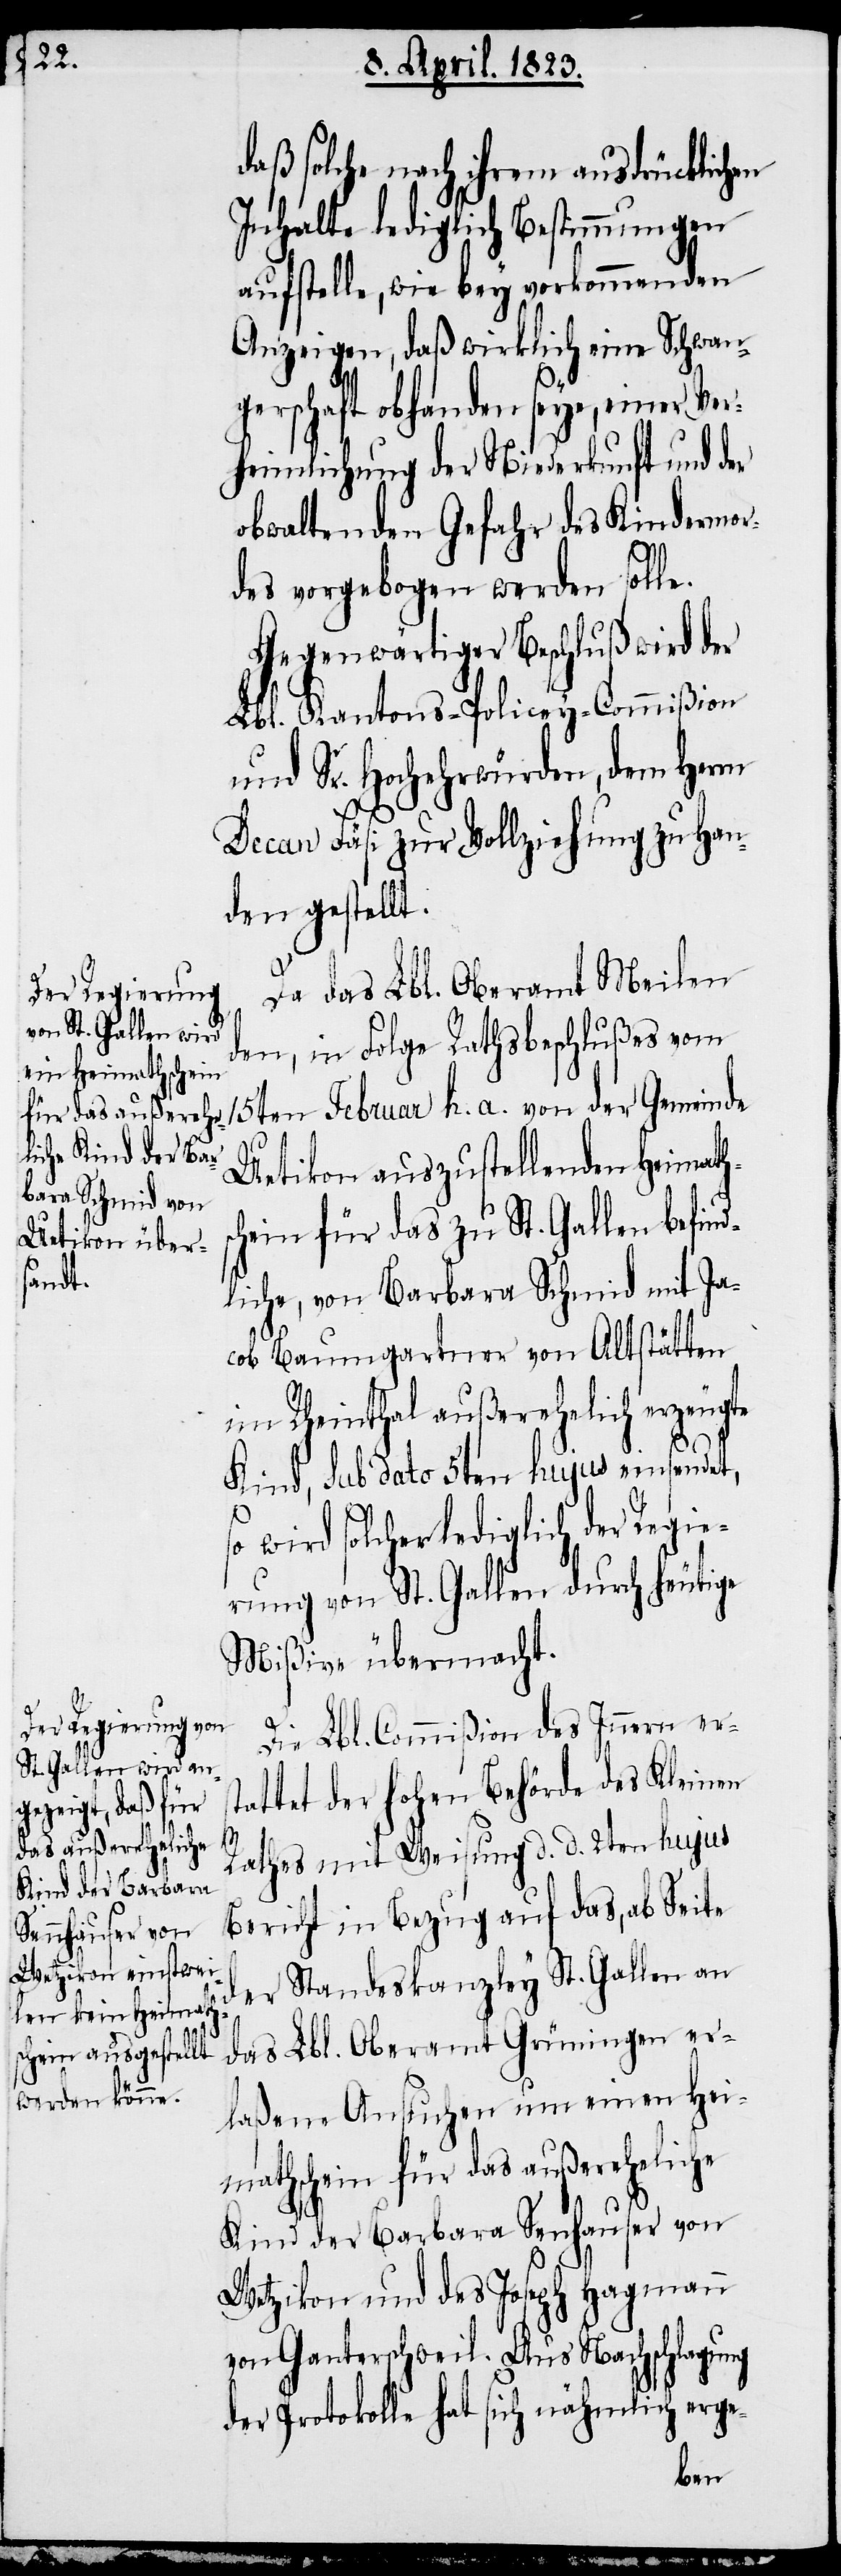
Kind der Barbara

daß solche nach ihrem ausdrücklichen
Inhalte lediglich Bestimmungen
aufstelle, wie bey vorkommenden
Anzeigen, daß wirklich eine Schwan¬
gerschaft obhanden seye, einer Ver¬
heimlichung der Niederkunft und der
obwaltenden Gefahr des Kindermor¬
des vorgebogen werden solle.
Gegenwärtiger Beschluß wird der
Lbl. Kantons-Policey-Commißion
und Sr. Hochehrwürden, dem Herrn
Decan Fäsi zur Vollziehung zu Han¬
den gestellt.
Da das Lbl. Oberamt Meilen
den, in Folge Rathsbeschlußes vom
15ten Februar h. a. von der Gemeinde
Uetikon auszustellenden Heimath¬
hein für das zu St. Gallen befind¬
liche, von Barbara Schmid mit Ja¬
cob Baumgartner von Altstätten
im Rheinthal außerehelich erzeugte
Kind, sub dato 5ten hujus einsendet,
so wird solcher lediglich der Regie¬
rung von St. Gallen durch heutige
Mißive übermacht.
sc¬
Die Lbl. Commißion des Innern ers¬
tattet der hohen Behörde des Kleinen
Rathes mit Weisung d. d. 2ten hujus
Bericht in Bezug auf das, ab Seite
der Standeskanzley St. Gallen an
das Lbl. Oberamt Grüningen er¬
laßene Ansuchen um einen Hei¬
mathschein für das außereheliche
Wetzikon und des Joseph Hagmann
von Ganterschweil. Aus Nachschlagung
der Protokolle hat sich nähmlich erge-